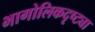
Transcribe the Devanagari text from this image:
भागोलिकदृष्ट्या